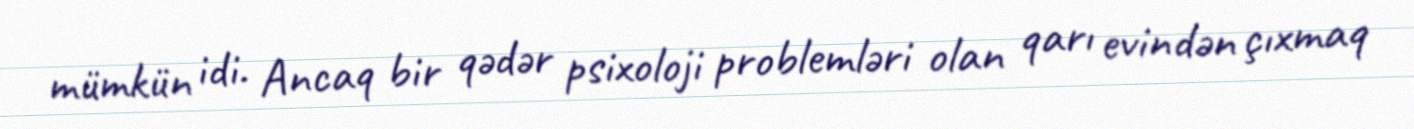
mümkün idi. Ancaq bir qədər psixoloji problemləri olan qarı evindən çıxmaq